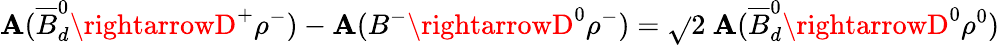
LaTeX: {\cal\mathbf{A}}(\overline{{{{B}}}}_{d}^{0}\rightarrowD^{+}\rho^{-})-{\cal\mathbf{A}}(B^{-}\rightarrowD^{0}\rho^{-})=\sqrt{}{{2}}~{\cal\mathbf{A}}(\overline{{{{B}}}}_{d}^{0}\rightarrowD^{0}\rho^{0})